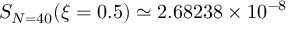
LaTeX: S _ { N = 4 0 } ( \xi = 0 . 5 ) \simeq 2 . 6 8 2 3 8 \times 1 0 ^ { - 8 }